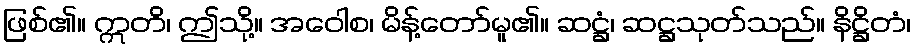
ဖြစ်၏။ ဣတိ၊ ဤသို့။ အဝေါစ၊ မိန့်တော်မူ၏။ ဆဋ္ဌံ၊ ဆဋ္ဌသုတ်သည်။ နိဋ္ဌိတံ၊